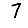
Digit: 7